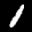
Label: 1